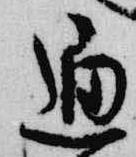
通